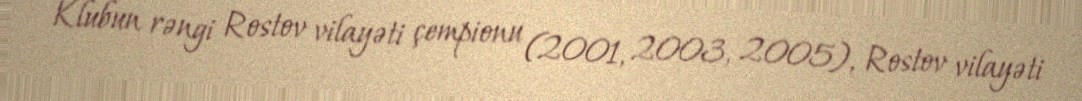
Klubun rəngi Rostov vilayəti çempionu (2001, 2003, 2005), Rostov vilayəti